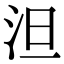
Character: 泹